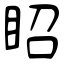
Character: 眧